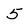
Character: 5